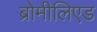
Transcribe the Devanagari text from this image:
ब्रोमीलिएड